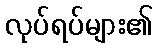
လုပ်ရပ်များ၏